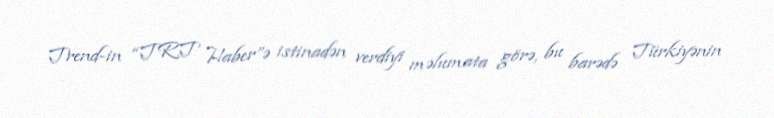
Trend-in “TRT Haber”ə istinadən verdiyi məlumata görə, bu barədə Türkiyənin